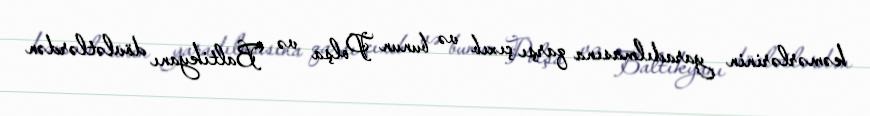
kəmərlərinin yaradılmasına qarşı çıxıb və bunun Polşa və Baltikyanı dövlətlərdən